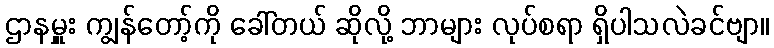
ဌာနမှူး ကျွန်တော့်ကို ခေါ်တယ် ဆိုလို့ ဘာများ လုပ်စရာ ရှိပါသလဲခင်ဗျာ။